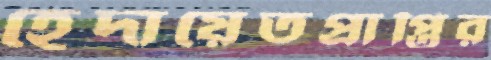
হেদায়েতপ্রাপ্তির